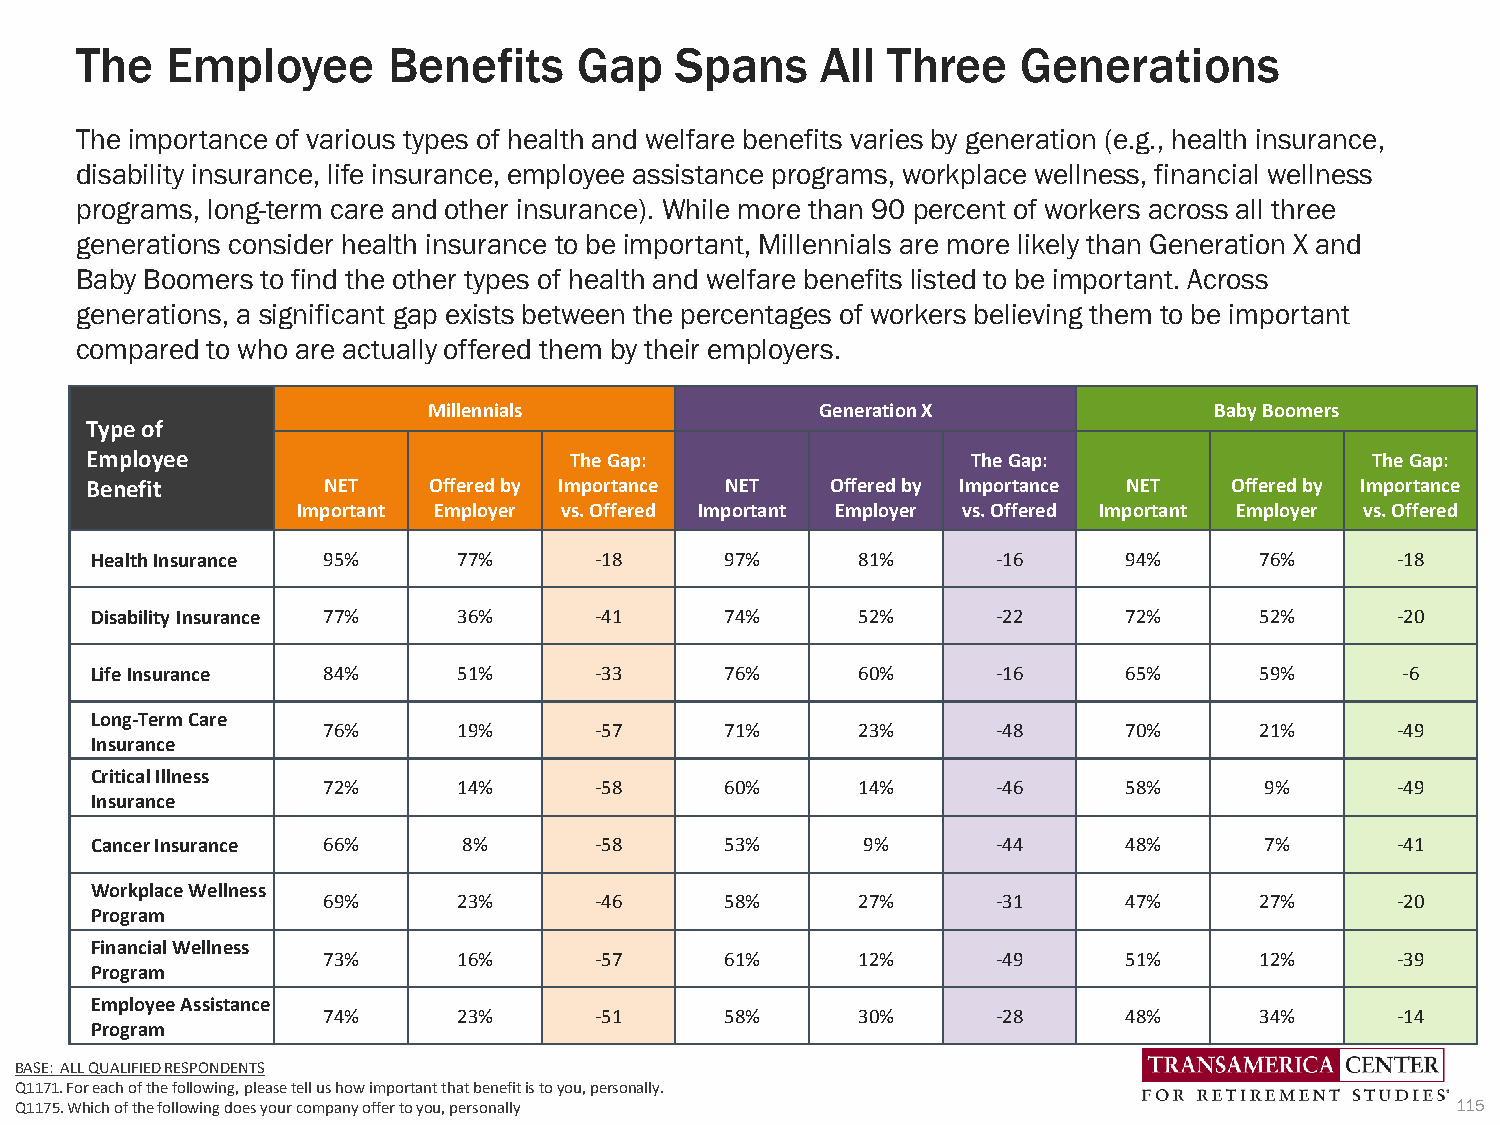
The   Employee       Benefits    Gap    Spans    All  Three    Generations
 The importance of various types of health and welfare benefits varies by generation (e.g., health insurance,
 disability insurance, life insurance, employee assistance programs, workplace wellness, financial wellness
 programs, long-term care and other insurance). While more than 90 percent of workers across all three
 generations consider health insurance to be important, Millennials are more likely than Generation X and
 Baby Boomers to find the other types of health and welfare benefits listed to be important. Across
 generations, a significant gap exists between the percentages of workers believing them to be important
 compared to who are actually offered them by their employers.
 Millennials               Generation X              Baby Boomers
 Typeof
 Employee                        TheGap:                   The Gap:                   The Gap:
 Benefit        NET    Offered by Importance NET  Offered by Importance NET Offered by Importance
 Important Employer vs. Offered Important Employer vs. Offered Important Employer vs. Offered
 HealthInsurance 95%     77%      -18      97%      81%      -16      94%     76%      -18
 Disability Insurance 77% 36%     -41      74%      52%      -22      72%     52%      -20
 LifeInsurance  84%      51%      -33      76%      60%      -16      65%     59%       -6
 Long-Term Care
 76%      19%      -57      71%      23%      -48      70%     21%      -49
 Insurance
 CriticalIllness
 72%      14%      -58      60%      14%      -46      58%      9%      -49
 Insurance
 CancerInsurance 66%      8%      -58      53%      9%       -44      48%      7%      -41
 Workplace Wellness
 69%      23%      -46      58%      27%      -31      47%     27%      -20
 Program
 Financial Wellness
 73%      16%      -57      61%      12%      -49      51%     12%      -39
 Program
 Employee Assistance
 74%      23%      -51      58%      30%      -28      48%     34%      -14
 Program
 BASE: ALL QUALIFIED RESPONDENTS
 Q1171. For each of the following, please tell us how important that benefit is to you, personally.
 Q1175. Which of the following does your company offer to you, personally                       115